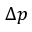
\Delta p